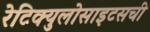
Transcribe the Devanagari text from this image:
रेटिक्युलोसाइटसची